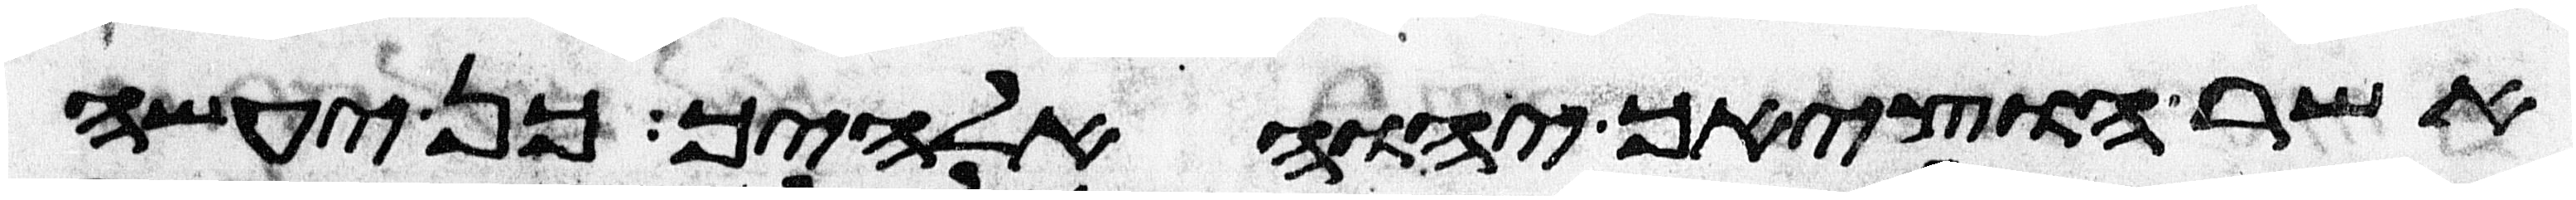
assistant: אשר הוציאך יהוה אלהיך כן יעשה